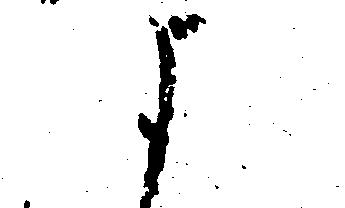
よ